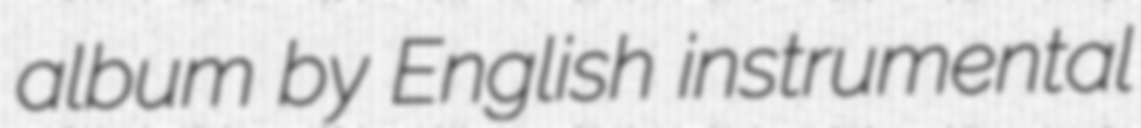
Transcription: album by English instrumental